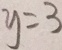
y = 3